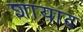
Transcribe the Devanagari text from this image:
शायाद